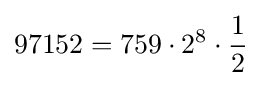
97152=759\cdot 2^{8}\cdot {\frac {1}{2}}